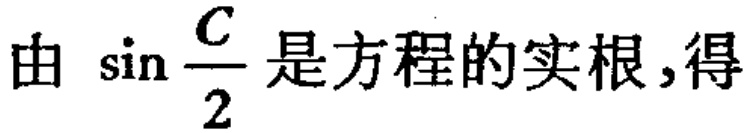
由 \(\sin\frac{C}{2}\) 是方程的实根,得